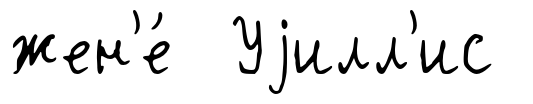
жен'е́ Уjилл'ис